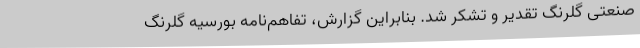
صنعتی گلرنگ تقدیر و تشکر شد. بنابراین گزارش، تفاهم‌نامه بورسیه گلرنگ